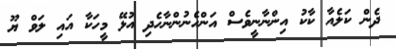
ދެން ކަލެއާ ކާކު އިންނާނީވެސް އަންހެނުންނާހެދި އުޅޭ މީހަކާ އައި ލަވް ޔޫ